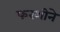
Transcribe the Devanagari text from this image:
फरशीने